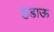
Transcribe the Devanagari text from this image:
हेडाऊ